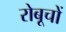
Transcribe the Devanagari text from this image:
रोबूचों